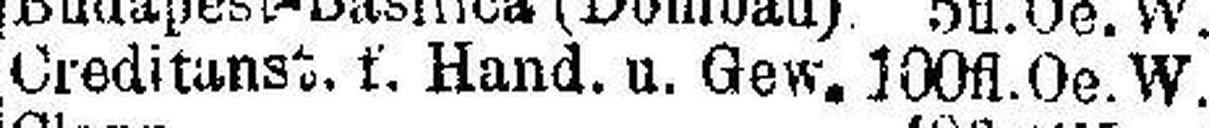
Creditanst. f. Hand. u. Gew. 100 fl.Oe.W.